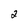
Character: 2